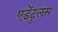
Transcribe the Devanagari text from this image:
एडेंटुलस